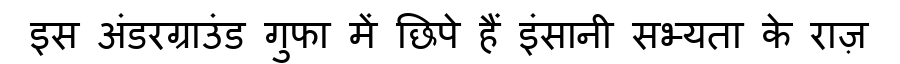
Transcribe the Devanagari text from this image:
इस अंडरग्राउंड गुफा में छिपे हैं इंसानी सभ्यता के राज़